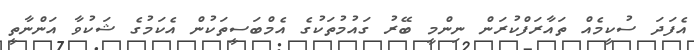
އެފަދަ ސުކީމެއް ތައާރަފްކުރަން ނިންމީ ބޭރު ގައުމުތަކުގެ އެމްބަސީތަކުން އެކަމުގެ ޝަކުވާ އަންނާތީ